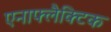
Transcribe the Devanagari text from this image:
एनाफ्लैक्टिक